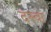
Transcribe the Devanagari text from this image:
दस्वा